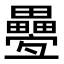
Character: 𤴁